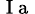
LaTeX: _\mathrm{~I~a~}